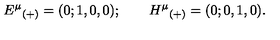
{ E ^ { \mu } } _ { ( + ) } = ( 0 ; 1 , 0 , 0 ) ; \qquad { H ^ { \mu } } _ { ( + ) } = ( 0 ; 0 , 1 , 0 ) .